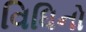
વિધિનો